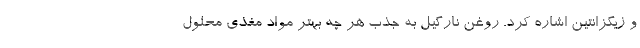
و زیگزانتین اشاره کرد. روغن نارگیل به جذب هر چه بهتر مواد مغذی محلول